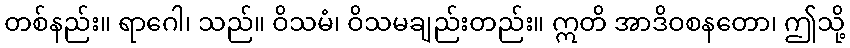
တစ်နည်း။ ရာဂေါ၊ သည်။ ဝိသမံ၊ ဝိသမချည်းတည်း။ ဣတိ အာဒိဝစနတော၊ ဤသို့